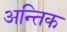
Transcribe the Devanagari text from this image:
अन्तिक